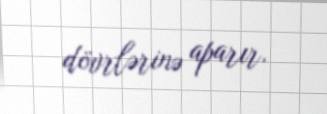
dövrlərinə aparır.